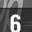
Digit: 6